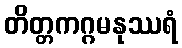
တိတ္တကဂ္ဂမနုဿရံ